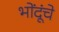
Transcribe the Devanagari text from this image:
भोंदूंचे